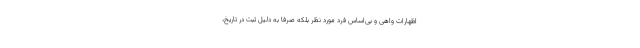
اظهارات واهی و بی‌اساس فرد مورد نظر بلکه صرفا به دلیل ثبت در تاریخ،